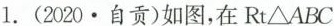
1.(2020.自贡)如图，在Rt\triangle ABC